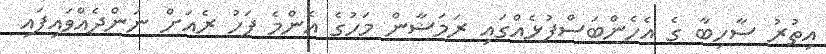
އިތުރު ސާހިބާ ގެ އެހެންބަސްފުޅެއްގައި ރަމަޟާން މަހުގެ އެންމެ ފަހު ރެއަށް ނަންދެއްވައިފައި